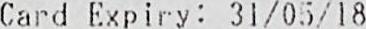
CARD EXPIRY : 31/05/18